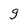
Character: g